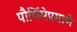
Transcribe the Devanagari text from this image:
पौर्णिमेप्रमाणे